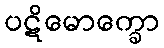
ပဋိမောက္ခော